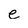
Character: e